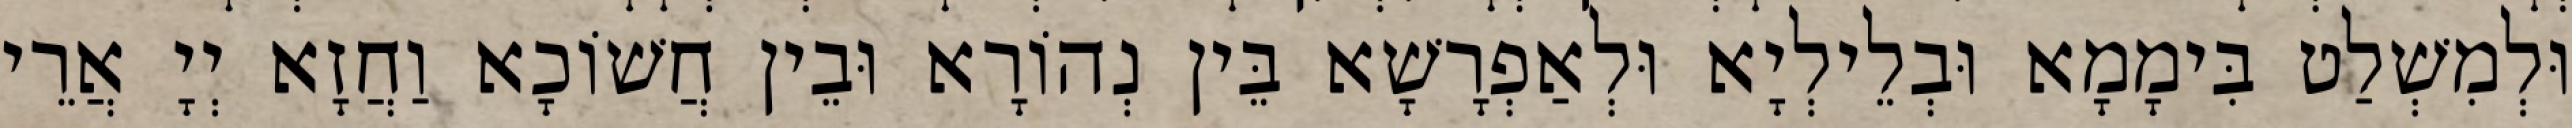
וּלְמִשְׁלַט בִּימָמָא וּבְלֵילְיָא וּלְאַפְרָשָׁא בֵּין נְהוֹרָא וּבֵין חֲשׁוֹכָא וַחֲזָא יְיָ אֲרֵי